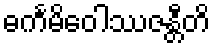
ဓင်္ကမိဝေါဿဇန္တီတိ